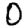
Digit: 0